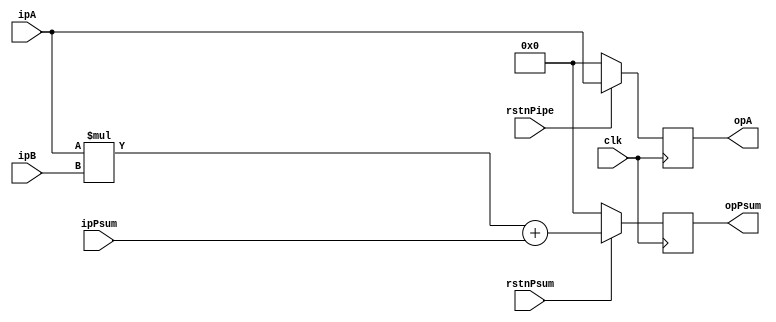
////////////////////////////////////////////////////////////////
// input ports
// clk -clock signal
// rstnPsum -synchronous reset, to reset accumulation
// rstnPipe -synchronous reset, to reset ipA/ipB's systolic movement (opA/opB's storage)
// ipA -32-bit positive integer
// ipB -32-bit positive integer
// ipPsum -32-bit positive integer

// output ports
// opA -32-bit positive integer
// opPsum -32-bit positive integer
////////////////////////////////////////////////////////////////

module WSPE (clk, rstnPsum, rstnPipe, ipA, ipB, ipPsum, opA, opPsum);

// port definition
input clk, rstnPipe, rstnPsum;
input [31:0] ipA, ipB, ipPsum;
output reg [31:0] opA, opPsum;


// multiplication and accumulation (combinational logic)
wire [31:0] opPsum_wire = ipA * ipB + ipPsum;

// update opA (sequential logic, reset with rstnPipe)
always @(posedge clk) begin
	if (rstnPipe == 1'b0) begin
	opA <= 32'b0;
	end
else begin
	opA <= ipA;
	end
end

// update opPsum (sequential logic, reset with rstnPsum)
always @(posedge clk) begin
	if (rstnPsum == 1'b0) opPsum <= 32'b0;
	else opPsum <= opPsum_wire;
end


endmodule